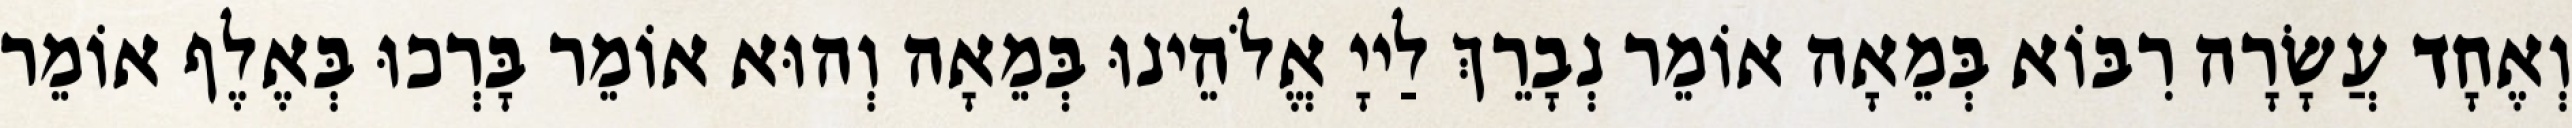
וְאֶחָד עֲשָׂרָה רִבּוֹא בְּמֵאָה אוֹמֵר נְבָרֵךְ לַייָ אֱלֹהֵינוּ בְּמֵאָה וְהוּא אוֹמֵר בָּרְכוּ בְּאֶלֶף אוֹמֵר